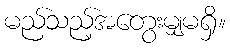
မည်သည့်အတွေးမျှမရှိ။